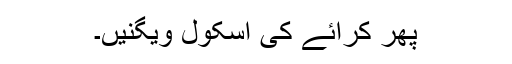
پھر کرائے کی اسکول ویگنیں۔